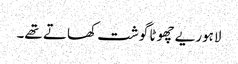
لاہوریے چھوٹا گوشت کھاتے تھے۔